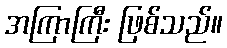
အကြာကြီး ဖြစ်သည်။